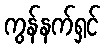
ကွန်နက်ရှင်